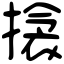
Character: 搇